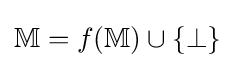
\mathbb {M} =f(\mathbb {M} )\cup \{\bot \}